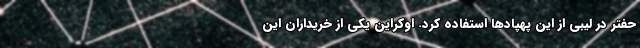
حفتر در لیبی از این پهپادها استفاده کرد. اوکراین یکی از خریداران این